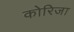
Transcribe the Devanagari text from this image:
कोरिजा